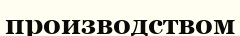
производством